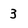
Character: 3